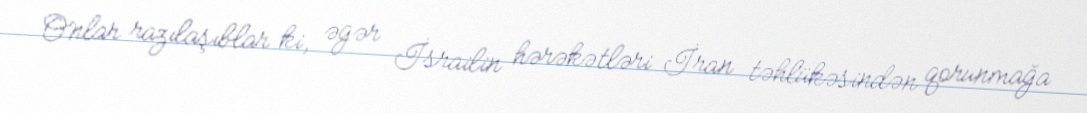
Onlar razılaşıblar ki, əgər İsrailin hərəkətləri İran təhlükəsindən qorunmağa